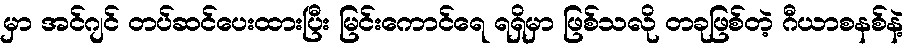
မှာ အင်ဂျင် တပ်ဆင်ပေးထားပြီး မြင်းကောင်ရေ ရရှိမှာ ဖြစ်သလို တခုဖြစ်တဲ့ ဂီယာစနစ်နဲ့